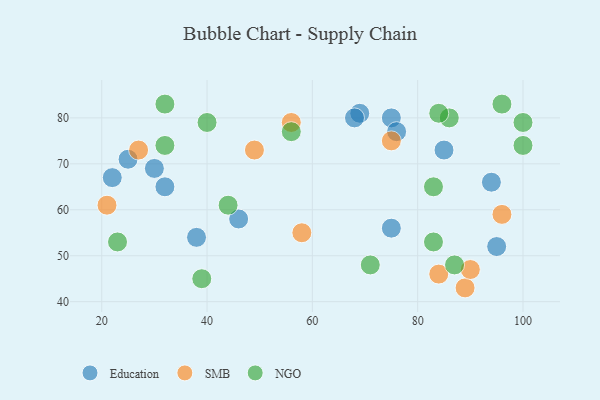
{"axis": {"x": "GDP", "y": "Life Expectancy"}, "legend": ["Education", "NGO", "SMB"], "data": [{"x": "75", "y": 56, "type": "Education"}, {"x": "69", "y": 81, "type": "Education"}, {"x": "30", "y": 69, "type": "Education"}, {"x": "32", "y": 65, "type": "Education"}, {"x": "85", "y": 73, "type": "Education"}, {"x": "38", "y": 54, "type": "Education"}, {"x": "95", "y": 52, "type": "Education"}, {"x": "25", "y": 71, "type": "Education"}, {"x": "75", "y": 80, "type": "Education"}, {"x": "76", "y": 77, "type": "Education"}, {"x": "46", "y": 58, "type": "Education"}, {"x": "94", "y": 66, "type": "Education"}, {"x": "68", "y": 80, "type": "Education"}, {"x": "22", "y": 67, "type": "Education"}, {"x": "89", "y": 43, "type": "SMB"}, {"x": "49", "y": 73, "type": "SMB"}, {"x": "75", "y": 75, "type": "SMB"}, {"x": "84", "y": 46, "type": "SMB"}, {"x": "21", "y": 61, "type": "SMB"}, {"x": "96", "y": 59, "type": "SMB"}, {"x": "27", "y": 73, "type": "SMB"}, {"x": "58", "y": 55, "type": "SMB"}, {"x": "56", "y": 79, "type": "SMB"}, {"x": "90", "y": 47, "type": "SMB"}, {"x": "32", "y": 74, "type": "NGO"}, {"x": "100", "y": 79, "type": "NGO"}, {"x": "96", "y": 83, "type": "NGO"}, {"x": "86", "y": 80, "type": "NGO"}, {"x": "56", "y": 77, "type": "NGO"}, {"x": "71", "y": 48, "type": "NGO"}, {"x": "32", "y": 83, "type": "NGO"}, {"x": "83", "y": 53, "type": "NGO"}, {"x": "44", "y": 61, "type": "NGO"}, {"x": "40", "y": 79, "type": "NGO"}, {"x": "84", "y": 81, "type": "NGO"}, {"x": "83", "y": 65, "type": "NGO"}, {"x": "39", "y": 45, "type": "NGO"}, {"x": "23", "y": 53, "type": "NGO"}, {"x": "100", "y": 74, "type": "NGO"}, {"x": "87", "y": 48, "type": "NGO"}]}